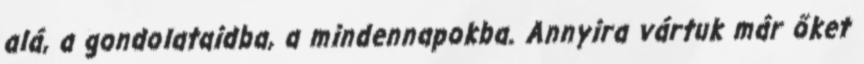
alá, a gondolataidba, a mindennapokba. Annyira vártuk már őket